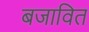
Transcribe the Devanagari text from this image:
बजावित